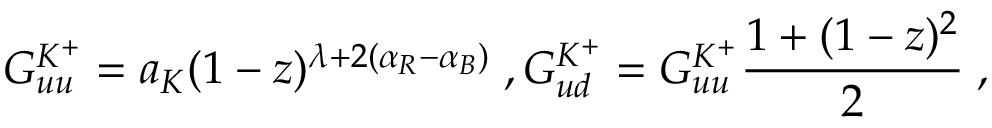
G _ { u u } ^ { K ^ { + } } = a _ { K } ( 1 - z ) ^ { \lambda + 2 ( \alpha _ { R } - \alpha _ { B } ) } \; , G _ { u d } ^ { K ^ { + } } = G _ { u u } ^ { K ^ { + } } \frac { 1 + ( 1 - z ) ^ { 2 } } 2 \; ,